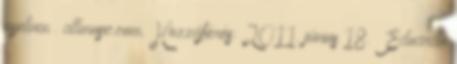
nyelven . allmusic.com. Hozzáférés: 2011. június 18. ↑ Eduardo